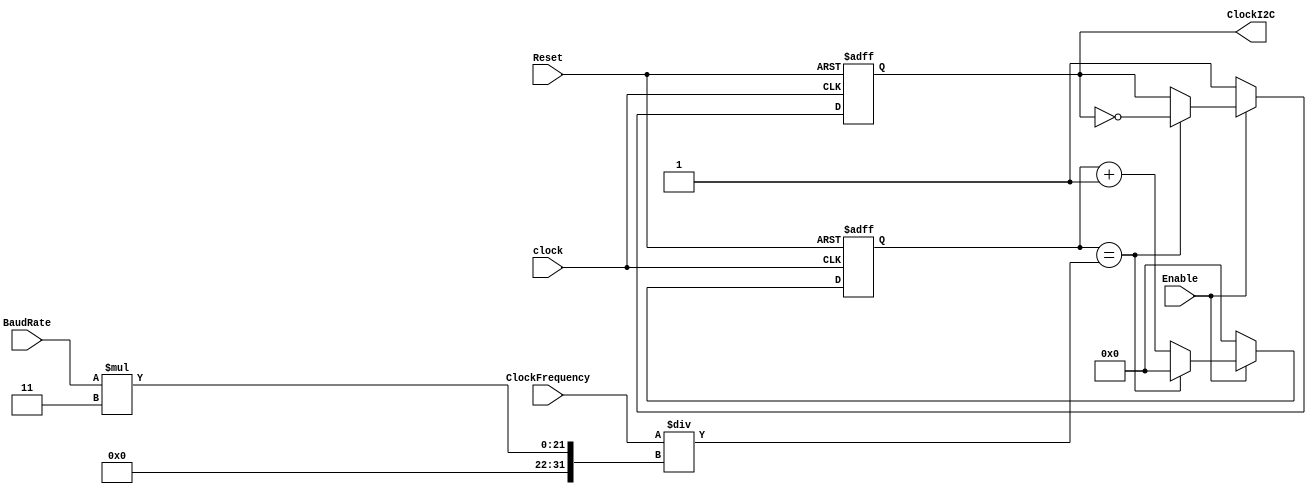
module BaudRateGeneratorI2C(Enable, ClockI2C, Reset, clock, BaudRate, ClockFrequency);
	input [19:0] BaudRate;
	input [29:0] ClockFrequency;
	input clock, Reset, Enable;
	output reg ClockI2C;
	reg [15:0] baud_count;
	reg [15:0] counter;

	always @(posedge clock or posedge Reset)
		if (Reset == 1) begin baud_count <= 1'b0; ClockI2C <= 1'b1; end
		else if(Enable == 0) begin  baud_count <= 1'b0; ClockI2C <= 1'b1; end
		else if(baud_count == ClockFrequency/(BaudRate*3)) 
				begin
				baud_count <= 1'b0;
				ClockI2C <= ~ClockI2C;
				end
		else begin baud_count <= baud_count + 1'b1; end
endmodule